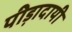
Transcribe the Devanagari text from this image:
पीड़ादायी